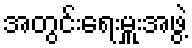
အတွင်းရေးမှူးအဖွဲ့